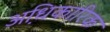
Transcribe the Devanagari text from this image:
अधि़कारिक